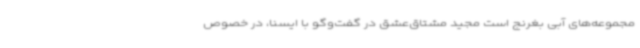
مجموعه‌های آبی بغرنج است مجید مشتاق‌عشق در گفت‌وگو با ایسنا، در خصوص